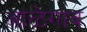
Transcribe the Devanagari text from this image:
आळेगाव